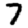
Digit: 7